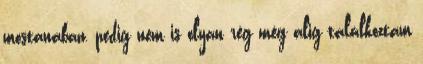
mostanában, pedig nem is olyan rég még alig találkoztam